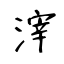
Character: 滓